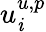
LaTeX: u_{\mathit{i}}^{u,p}